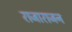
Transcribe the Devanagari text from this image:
राजाराजन